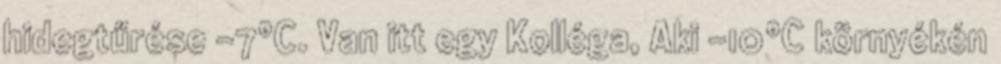
hidegtűrése -7°C. Van itt egy Kolléga, Aki -10°C környékén